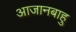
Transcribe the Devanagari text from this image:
आजानबाहु